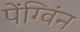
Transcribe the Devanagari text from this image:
पेंग्विंन